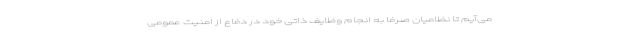
می‌آیم تا نظامیان صرفاً به انجام وظایف ذاتی خود در دفاع از امنیت عمومی